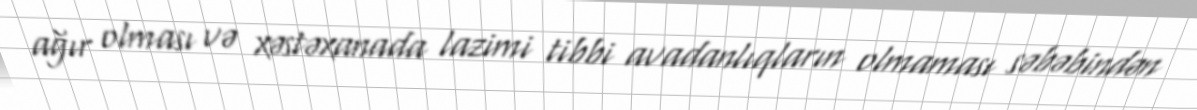
ağır olması və xəstəxanada lazimi tibbi avadanlıqların olmaması səbəbindən